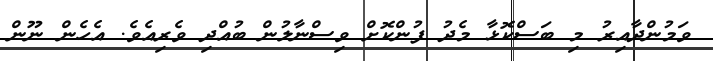
ވަމުންދާއިރު މި ބަސްކޮޅާ މެދު ފުންކޮށް ވިސްނާލުން ބުއްދި ވެރިއެވެ. އެހެން ނޫން